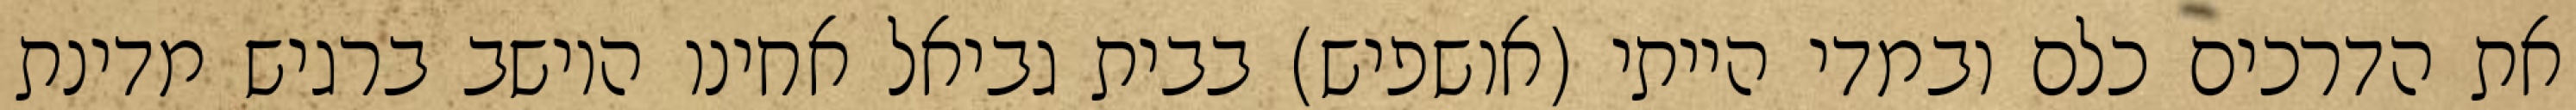
את הדרכים כלם ובמדי הייתי (אושפיש) בבית גביאל אחינו היושב ברגיש מדינת